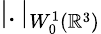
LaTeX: |.|_{W_{0}^{1}({\mathbb R}^{3})}